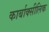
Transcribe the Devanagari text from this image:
कार्बाक्सीलिक